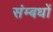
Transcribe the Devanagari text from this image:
संम्बधों